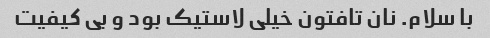
با سلام. نان تافتون خیلی لاستیک بود و بی کیفیت